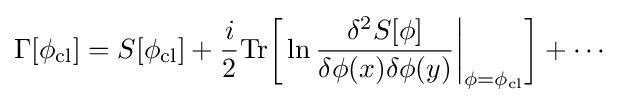
\Gamma [\phi _{\text{cl}}]=S[\phi _{\text{cl}}]+{\frac {i}{2}}{\text{Tr}}{\bigg [}\ln {\frac {\delta ^{2}S[\phi ]}{\delta \phi (x)\delta \phi (y)}}{\bigg |}_{\phi =\phi _{\text{cl}}}{\bigg ]}+\cdots